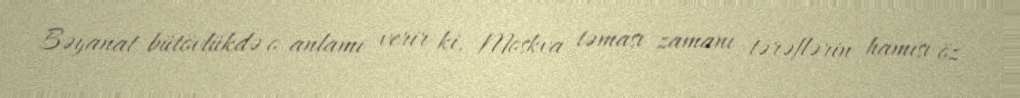
Bəyanat bütövlükdə o anlamı verir ki, Moskva təması zamanı tərəflərin hamısı öz